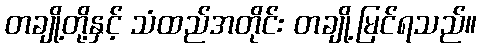
တချို့တို့နှင့် သံထည်အတိုင်း တချို့မြင်ရသည်။